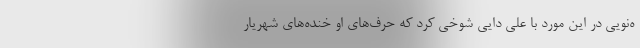
ه‌نویی در این مورد با علی دایی شوخی کرد که حرف‌های او خنده‌های شهریار